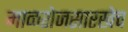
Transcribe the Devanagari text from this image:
माळशेजसारखेच